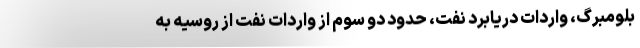
بلومبرگ، واردات دریابرد نفت، حدود دو سوم از واردات نفت از روسیه به